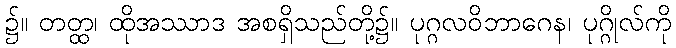
၌။ တတ္ထ၊ ထိုအဿာဒ အစရှိသည်တို့၌။ ပုဂ္ဂလဝိဘာဂေန၊ ပုဂ္ဂိုလ်ကို